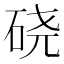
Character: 硗